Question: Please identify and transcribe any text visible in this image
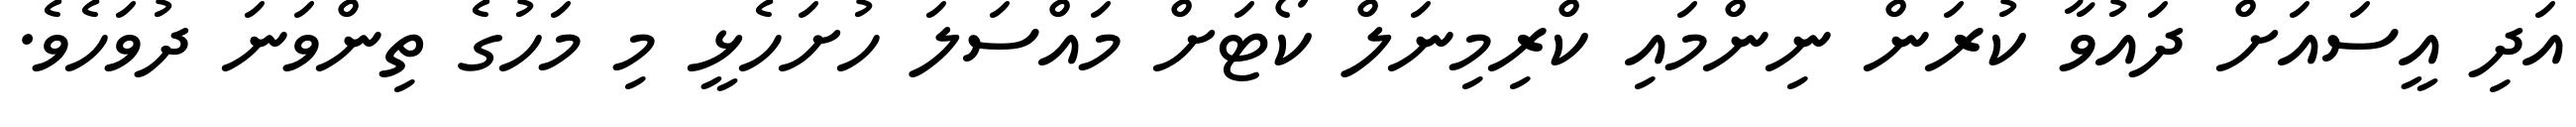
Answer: އަދި އީސައަށް ދައުވާ ކުރަން ނިންމައި ކްރިމިނަލް ކޯޓަށް މައްސަލަ ހުށަހެޅީ މި މަހުގެ ތިންވަނަ ދުވަހެވެ.